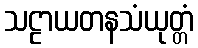
သဠာယတနသံယုတ္တံ